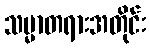
သမ္မာတရားအတိုင်း